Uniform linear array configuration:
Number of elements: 32
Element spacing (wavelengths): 0.5
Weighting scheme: cosine
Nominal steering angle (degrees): -45
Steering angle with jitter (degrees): -44.854
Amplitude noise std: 0.05
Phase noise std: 0.05

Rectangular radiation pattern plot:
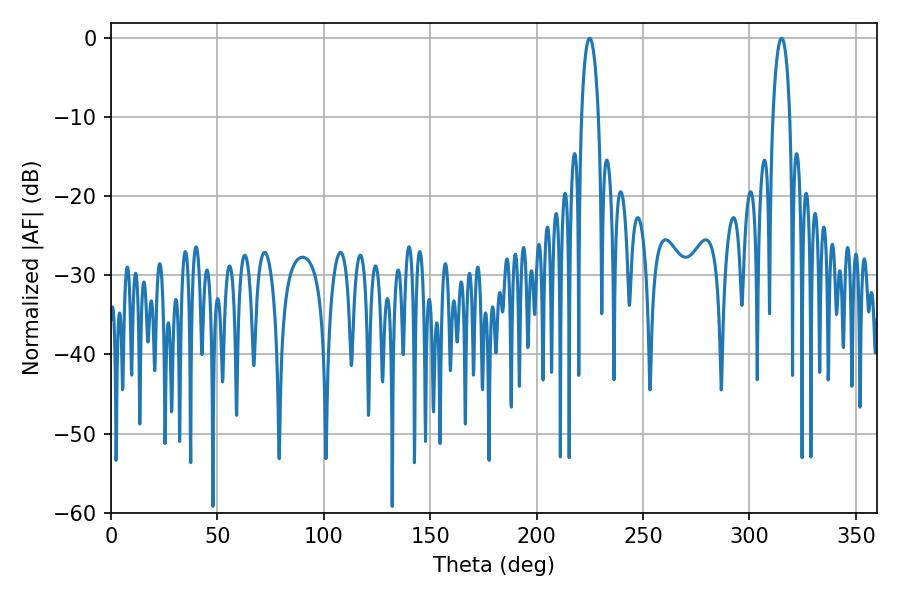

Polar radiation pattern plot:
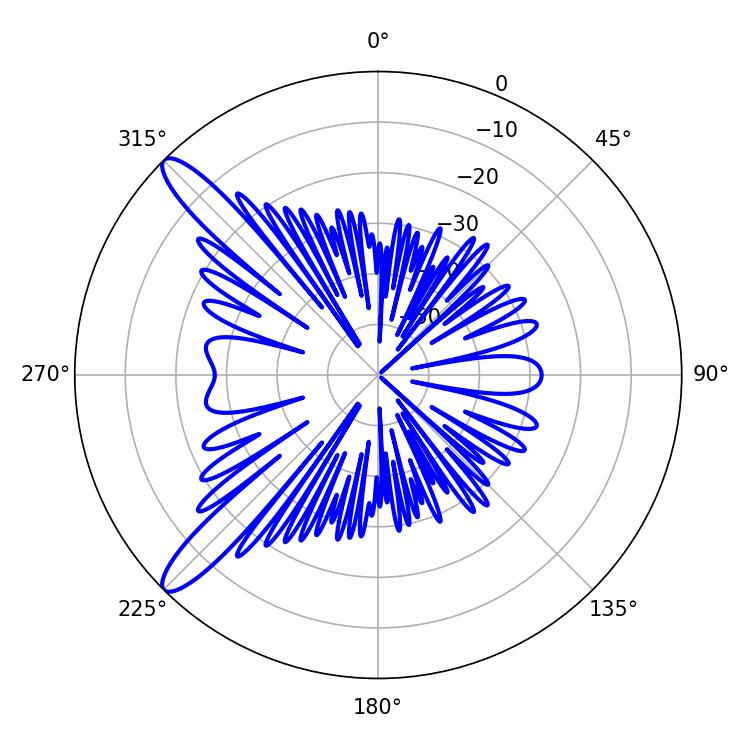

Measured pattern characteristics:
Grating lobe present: FALSE
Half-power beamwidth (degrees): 4.5
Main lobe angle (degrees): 224.82